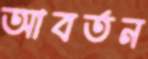
আবর্তন